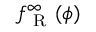
f _ { \mathrm { ~ R ~ } } ^ { \infty } ( \phi )